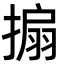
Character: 搧